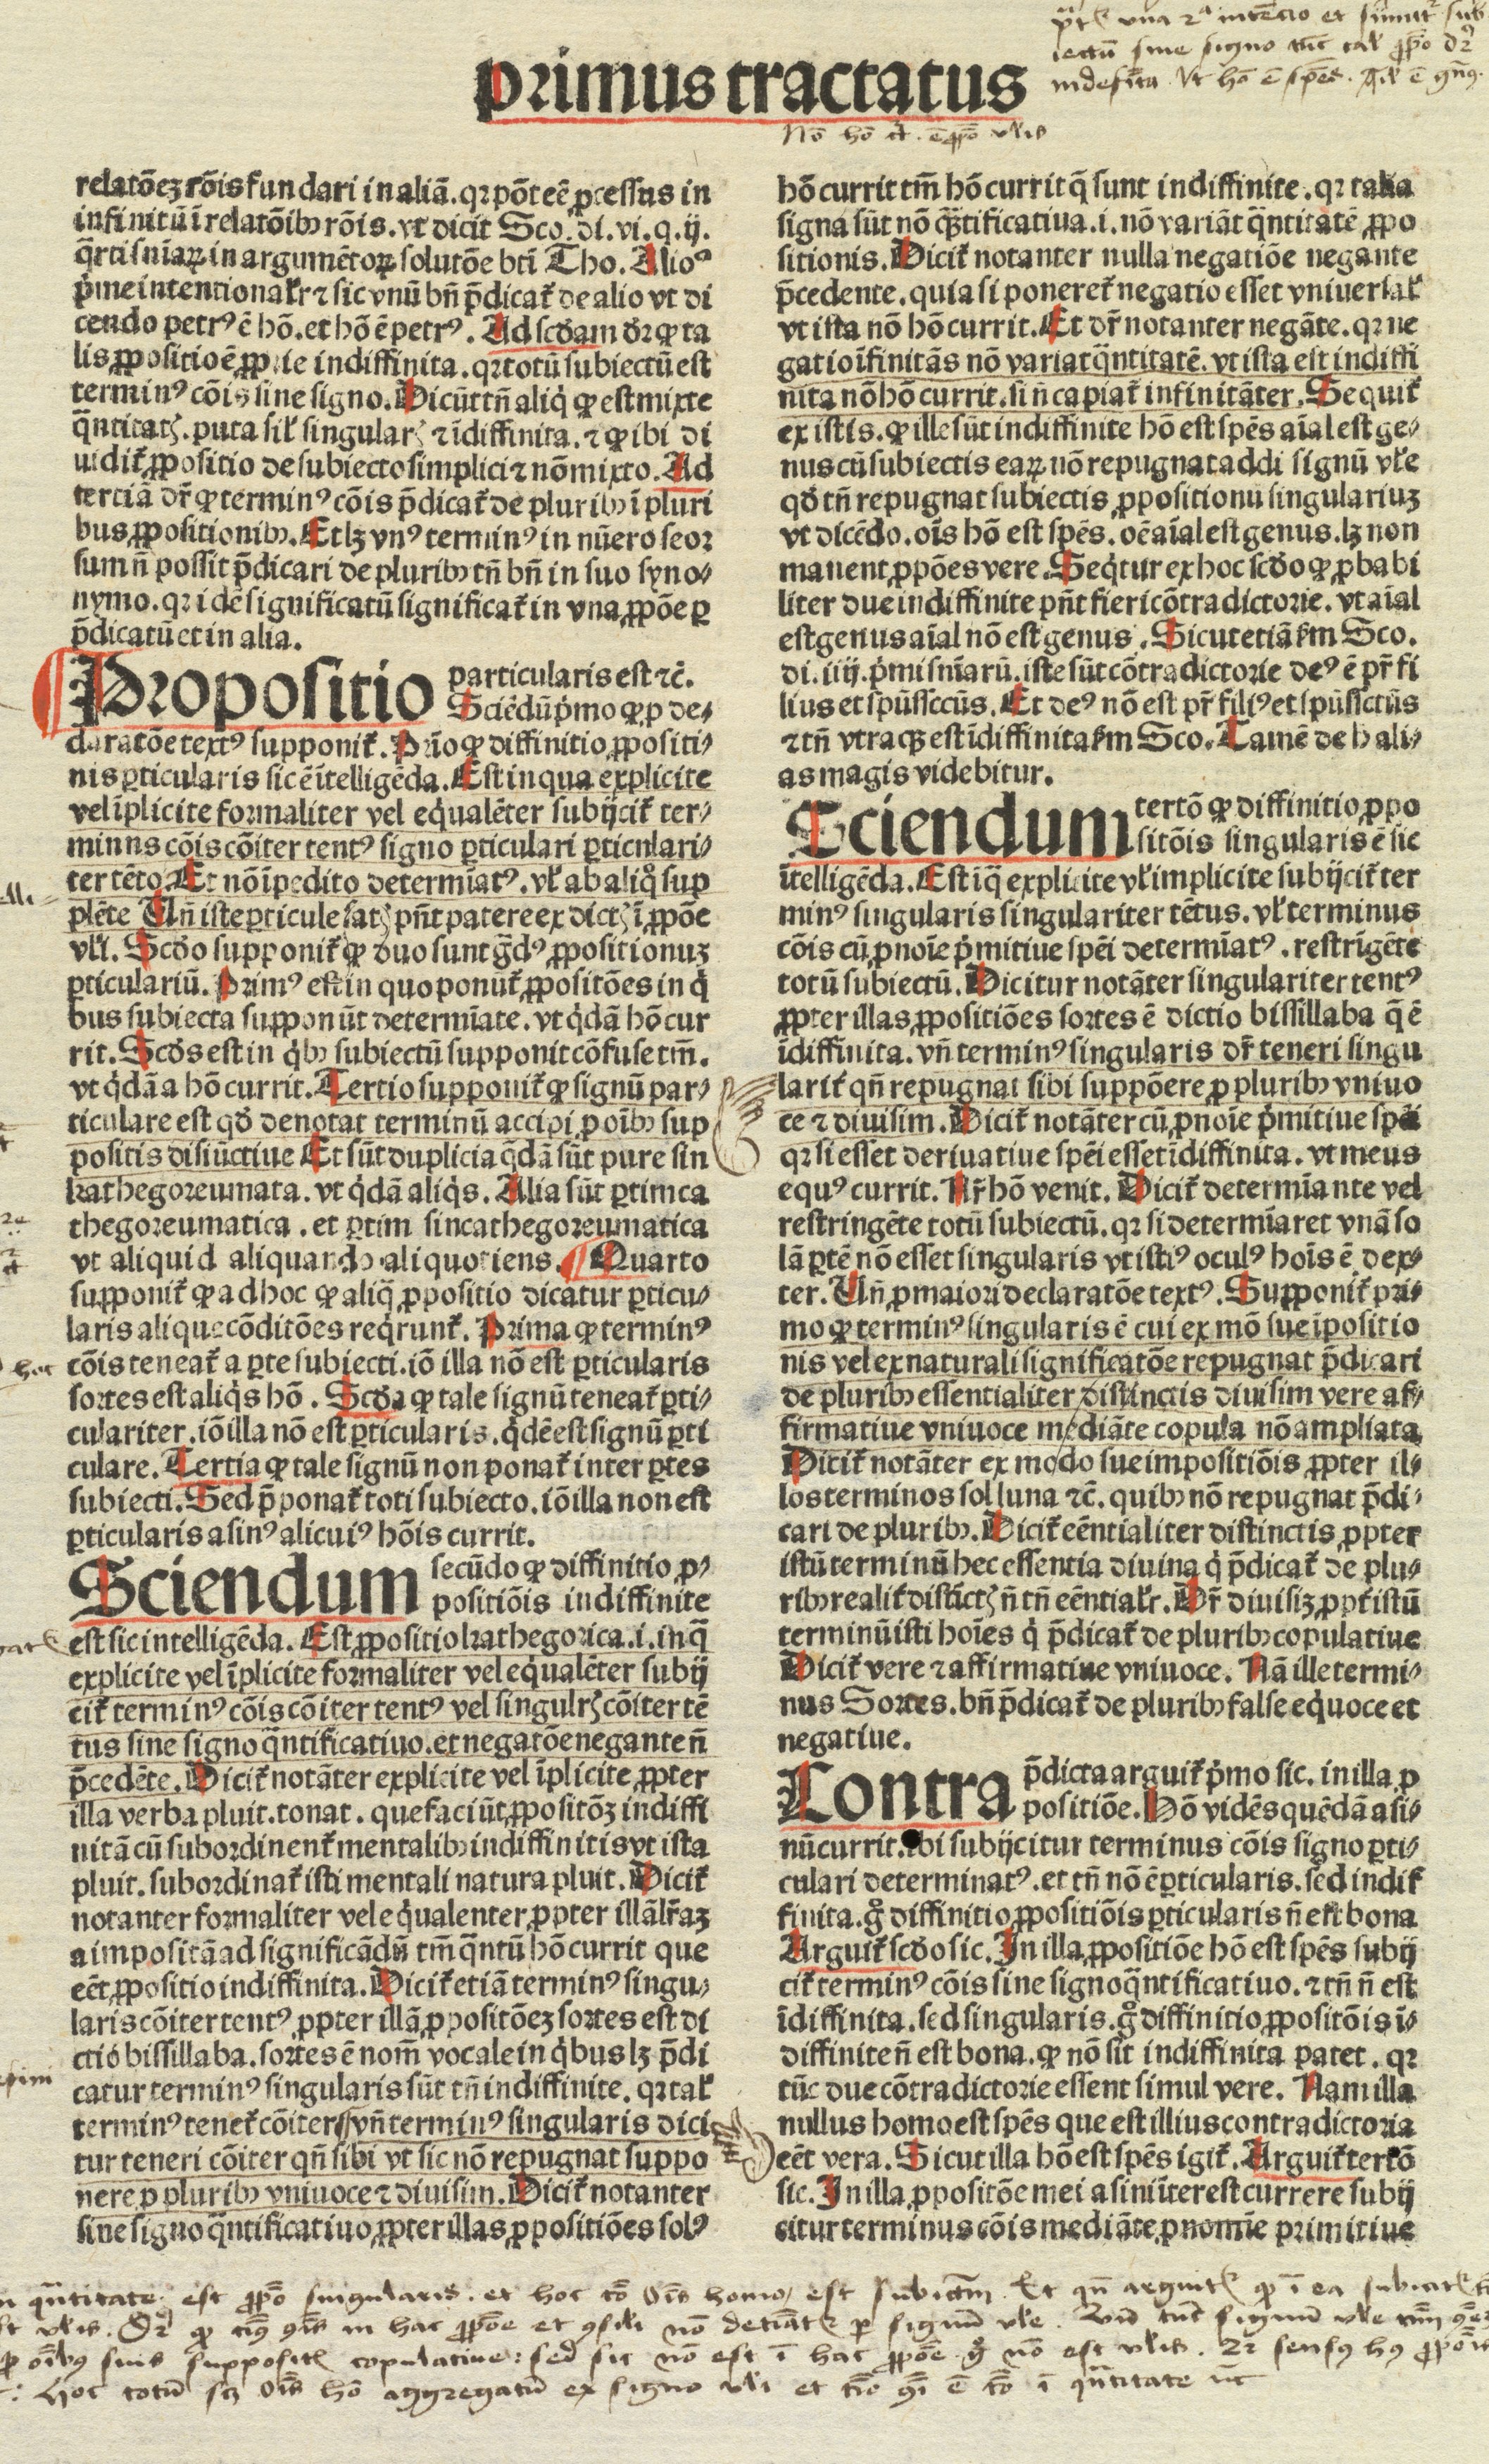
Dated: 1498–1499